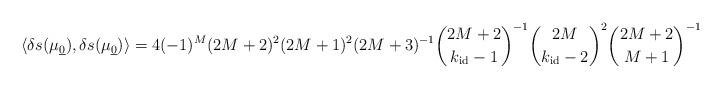
LaTeX: \begin{align*} \langle\delta s(\mu_{\underline 0}),\delta s(\mu_{\underline 0})\rangle=4(-1)^{M}(2M+2)^2(2M+1)^2(2M+3)^{-1}\binom{2M+2}{k_{\rm id}-1}^{-1}\binom{2M}{k_{\rm id}-2}^2\binom{2M+2}{M+1}^{-1} \end{align*}